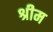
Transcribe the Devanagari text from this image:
श्रीम